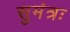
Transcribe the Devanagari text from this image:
सुमंत्रः